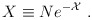
\begin{align*} X\equiv Ne^{-{\cal X}}~. \end{align*}